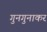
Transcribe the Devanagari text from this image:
गुनगुनाकर